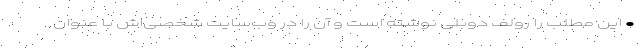
• این مطلب را رولف دوبلی نوشته است و آن را در وب‌سایت شخصی‌اش با عنوان